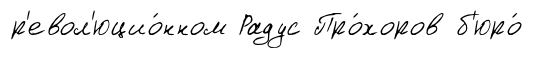
р'евол'юцио́нном Радус Про́хоров б'юро́